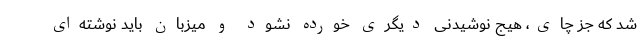
شد که جز چای، هیج نوشیدنی دیگری خورده نشود و میزبان باید نوشته‌ای